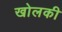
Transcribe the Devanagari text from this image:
खोलकी